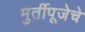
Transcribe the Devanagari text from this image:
मुर्तीपूजेचे